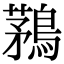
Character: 鶜